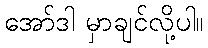
အော်ဒါ မှာချင်လို့ပါ။